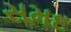
સમદ